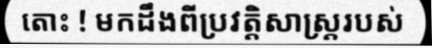
តោះ ! មកដឹងពីប្រវត្តិសាស្ត្ររបស់